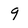
Character: 9